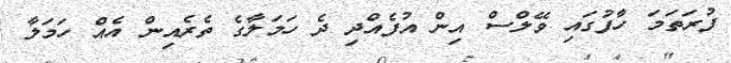
ފުރަތަމަ ހާފުގައި ވޭލްސް އިން އުފެއްދި ދެ ހަމަލާގެ ތެރެއިން އެއް ހަމަލާ